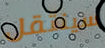
سينتقل